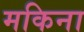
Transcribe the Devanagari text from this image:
मकिना